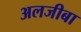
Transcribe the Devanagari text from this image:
अलजीबा